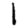
Digit: 1